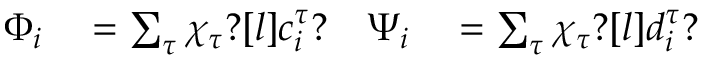
\begin{array} { r l r l } { \Phi _ { i } } & { { } = \sum _ { \tau } \chi _ { \tau } ? [ l ] c _ { i } ^ { \tau } ? } & { \Psi _ { i } } & { { } = \sum _ { \tau } \chi _ { \tau } ? [ l ] d _ { i } ^ { \tau } ? } \end{array}